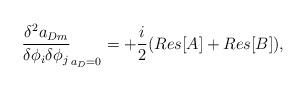
LaTeX: \begin{align*}\frac{\delta ^2 a_{Dm} }{\delta \phi_i \delta \phi_j}_{a_{D}=0} = +\frac{i}{2} ( Res [A] + Res [B] ),\end{align*}